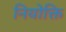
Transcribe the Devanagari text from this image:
नियोक्ति